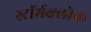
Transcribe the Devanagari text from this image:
स्टॉर्मक्लोक